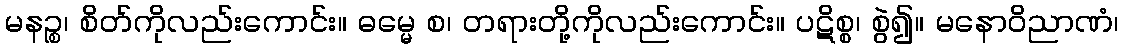
မနဉ္စ၊ စိတ်ကိုလည်းကောင်း။ ဓမ္မေ စ၊ တရားတို့ကိုလည်းကောင်း။ ပဋိစ္စ၊ စွဲ၍။ မနောဝိညာဏံ၊